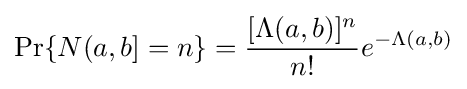
\Pr\{N(a,b]=n\}={\frac {[\Lambda (a,b)]^{n}}{n!}}e^{-\Lambda (a,b)}